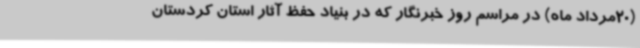
(20مرداد ماه) در مراسم روز خبرنگار که در بنیاد حفظ آثار استان کردستان